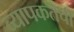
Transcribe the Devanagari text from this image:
व्यापकतेची